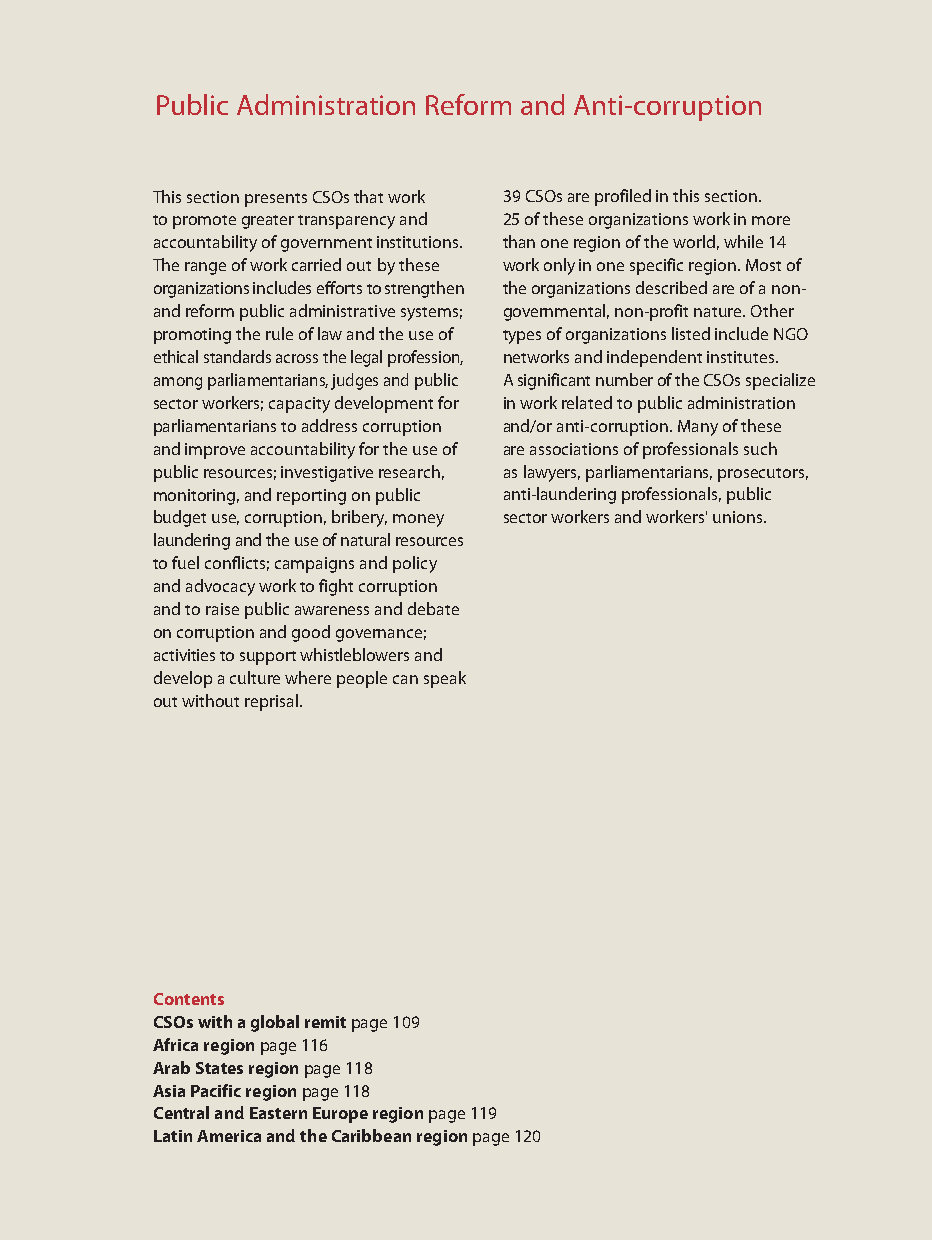
Public Administration Reform and Anti-corruption
 This section presents CSOs that work 39 CSOs are profiled in this section.
 to promote greater transparency and 25 of these organizations work in more
 accountability of government institutions. than one region of the world, while 14
 The range of work carried out by these work only in one specific region. Most of
 organizations includes efforts to strengthen the organizations described are of a non-
 and reform public administrative systems; governmental, non-profit nature. Other
 promoting the rule of law and the use of types of organizations listed include NGO
 ethical standards across the legal profession, networks and independent institutes.
 among parliamentarians, judges and public A significant number of the CSOs specialize
 sector workers; capacity development for in work related to public administration
 parliamentarians to address corruption and/or anti-corruption. Many of these
 and improve accountability for the use of are associations of professionals such
 public resources; investigative research, as lawyers, parliamentarians, prosecutors,
 monitoring, and reporting on public anti-laundering professionals, public
 budget use, corruption, bribery, money sector workers and workers' unions.
 laundering and the use of natural resources
 to fuel conflicts; campaigns and policy
 and advocacy work to fight corruption
 and to raise public awareness and debate
 on corruption and good governance;
 activities to support whistleblowersand
 develop a culture where people can speak
 out without reprisal.
 Contents
 CSOs with a global remit page 109
 Africa regionpage 116
 Arab States regionpage 118
 Asia Pacific regionpage 118
 Central and Eastern Europe regionpage 119
 Latin America and the Caribbean regionpage 120